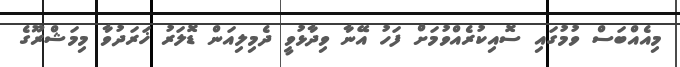
މިއެއްބަސް ވުމުގައި ސޮއިކުރެއްވުމަށް ފަހު އޭނާ ވިދާޅުވީ ދެމިލިއަން ޑޮލަރު ޚަރަދުވާ މިމަޝްރޫގެ